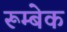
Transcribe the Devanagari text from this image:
रूम्बेक